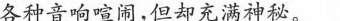
各种音响喧闹，但却充满神秘。